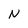
Character: N